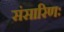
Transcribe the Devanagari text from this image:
संसारिणः